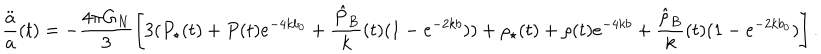
\frac { \ddot { a } } { a } ( t ) = - \frac { 4 \pi G _ { N } } { 3 } \left[ 3 ( P _ { \star } ( t ) + P ( t ) e ^ { - 4 k b _ { 0 } } + \frac { \hat { P } _ { B } } { k } ( t ) ( 1 - e ^ { - 2 k b } ) ) + \rho _ { \star } ( t ) + \rho ( t ) e ^ { - 4 k b } + \frac { \hat { \rho } _ { B } } { k } ( t ) ( 1 - e ^ { - 2 k b _ { 0 } } ) \right] .